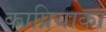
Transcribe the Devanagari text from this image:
काप्रियाका